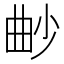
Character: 𣌱